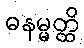
ဓနမ္မတ္ထိ